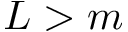
L > m